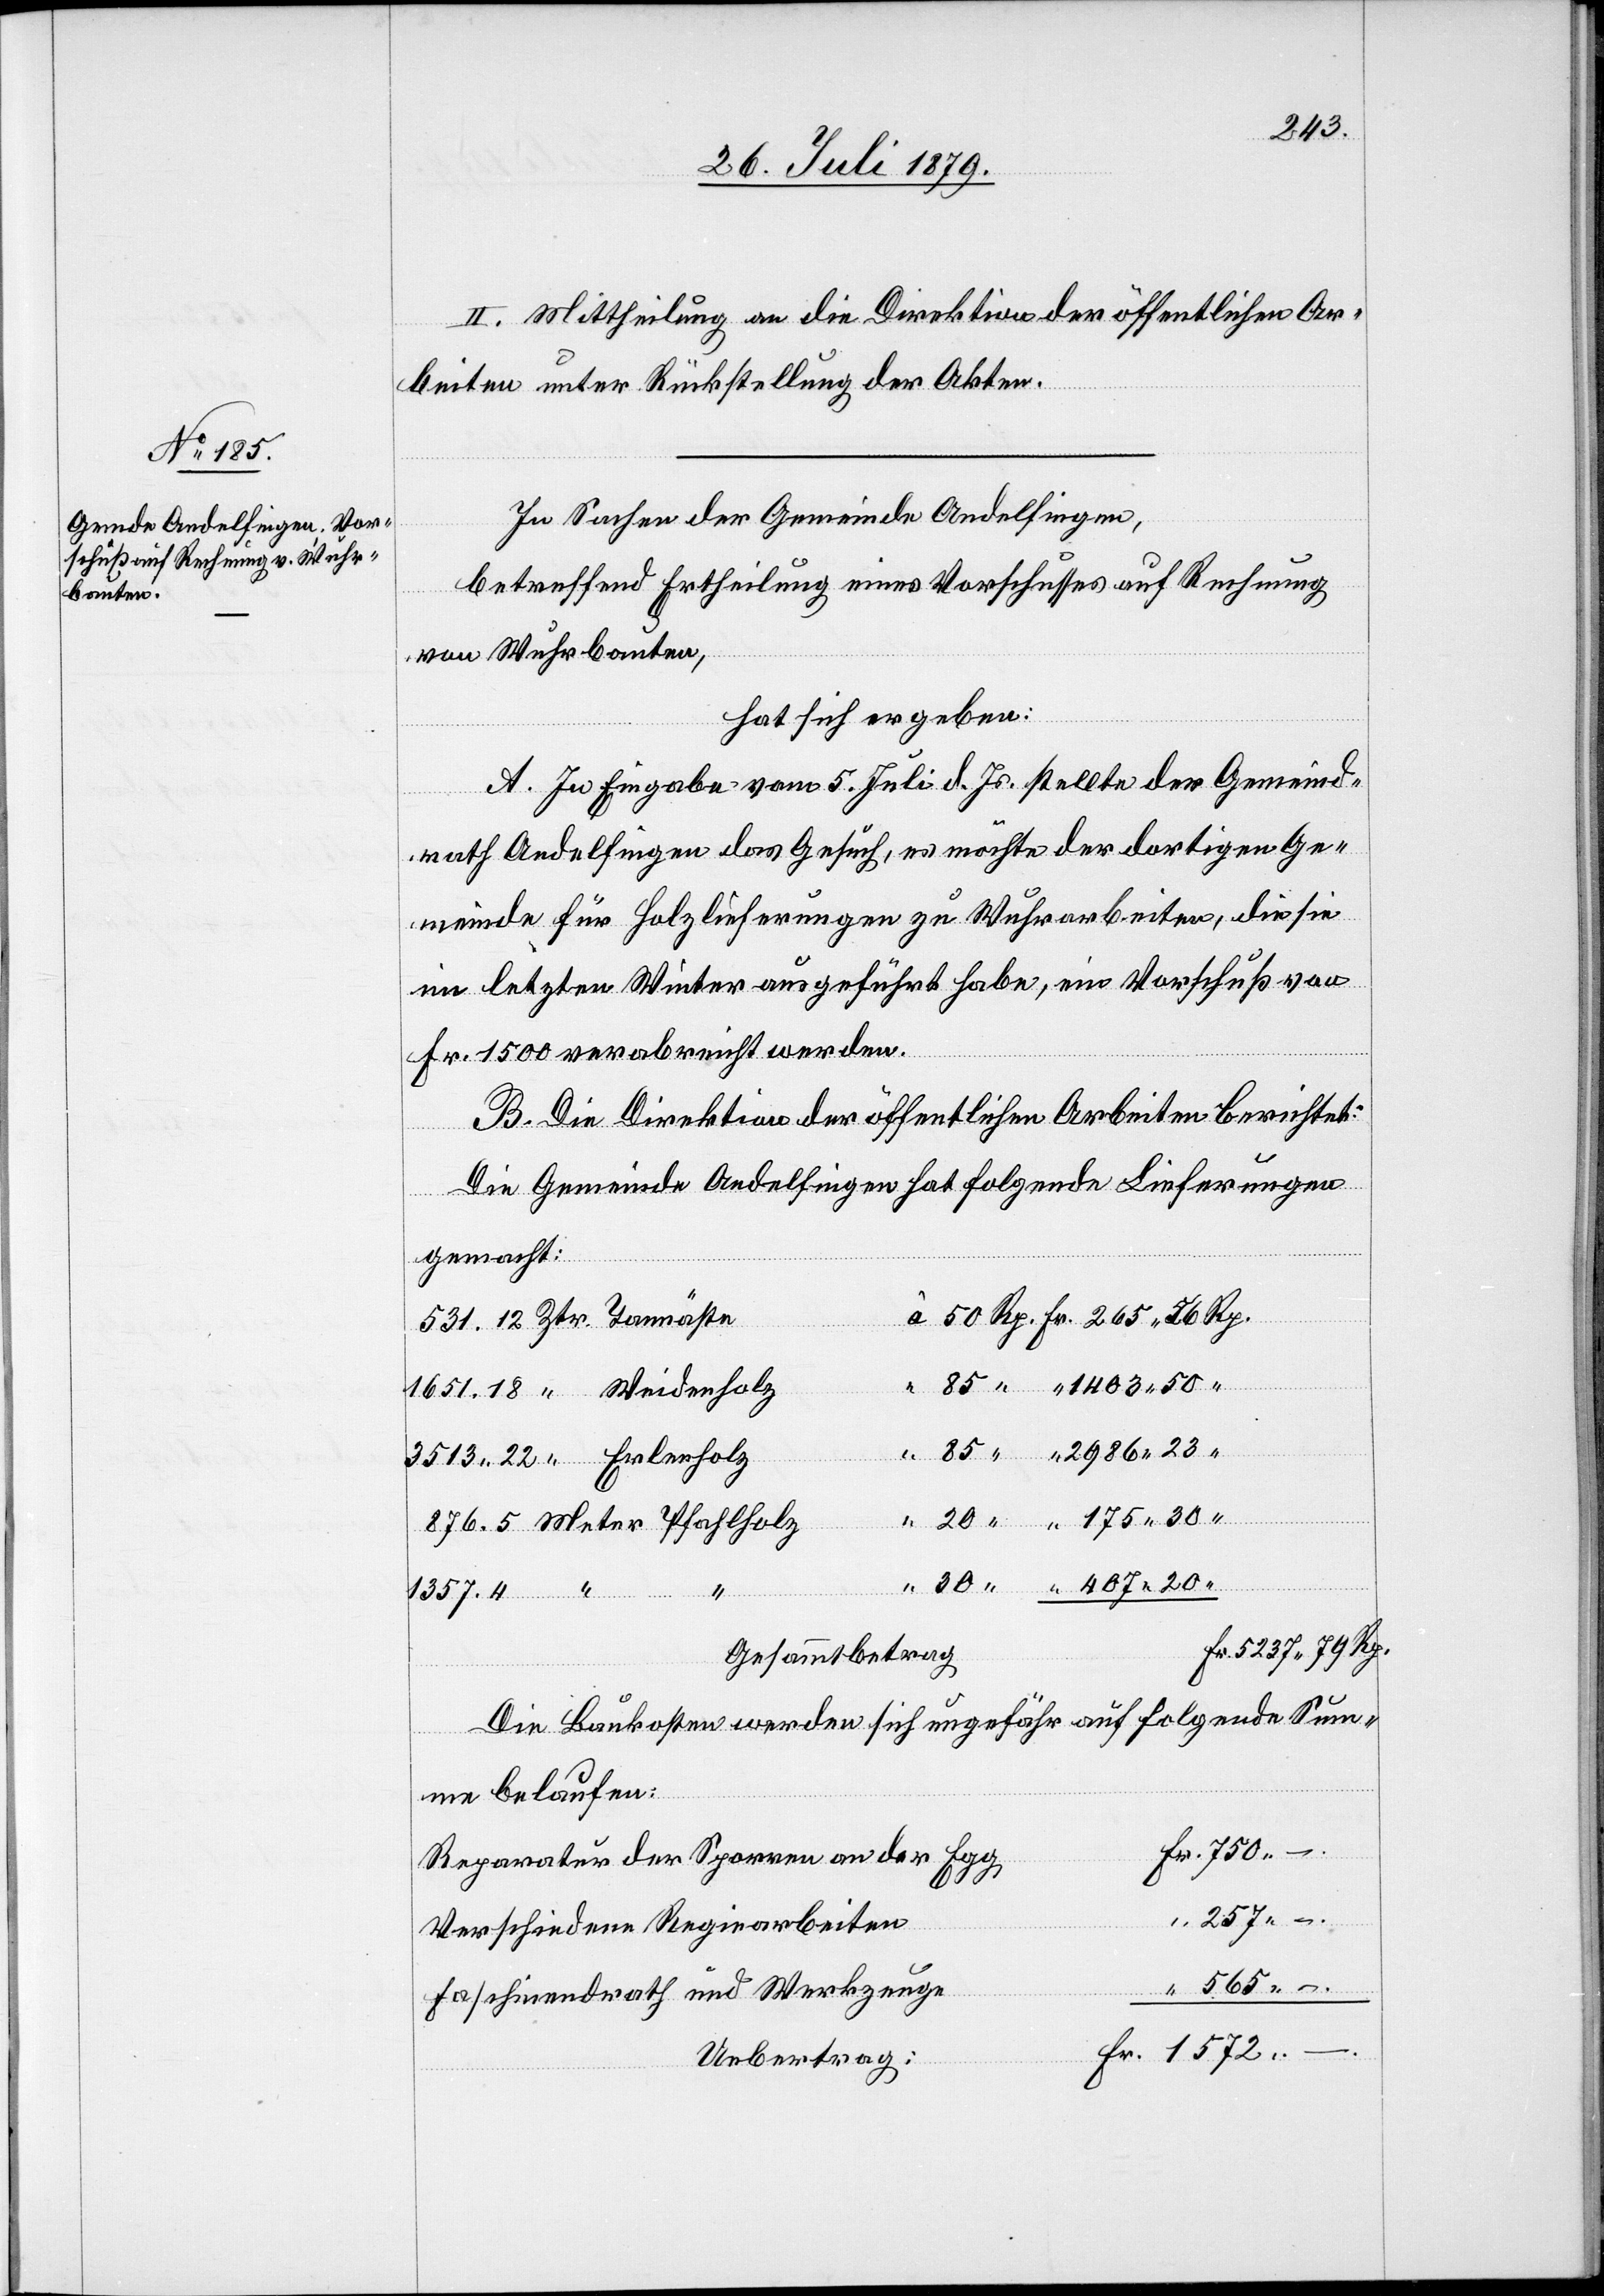
1403
II. Mittheilung an die Direktion der öffentlichen Ar¬
beiten unter Rückstellung der Akten.
In Sachen der Gemeinde Andelfingen,
betreffend Ertheilung eines Vorschusses auf Rechnung
175 30
von Wuhrbauten,
hat sich ergeben:
A. In Eingabe vom 5. Juli d. Js. stellte der Gemeind¬
rath Andelfingen das Gesuch, es möchte der dortigen Ge¬
meinde für Holzlieferungen zu Wuhrarbeiten, die sie
im letzten Winter ausgeführt habe, ein Vorschuß von
Fr. 1500 verabreicht werden.
B. Die Direktion der öffentlichen Arbeiten berichtet:
Die Gemeinde Andelfingen hat folgende Lieferungen
Rp.
gemacht:
531.12 Ztr. Tannäste
1651.18 “ Weidenholz
3513.22 “ Erlenholz
876.5 Meter Pfahlholz
1357.4 “ “
Gesammtbetrag
Die Baukosten werden sich ungefähr auf folgende Sum¬
Fr.
me belaufen:
Reparatur der Sporren an der Egg
257
Verschiedene Regiearbeiten
Faschinendrath und Werkzeuge
Uebertrag